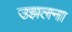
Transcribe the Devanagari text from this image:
उझलना